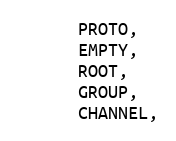
Language: C
      PROTO,
      EMPTY,
      ROOT,
      GROUP,
      CHANNEL,